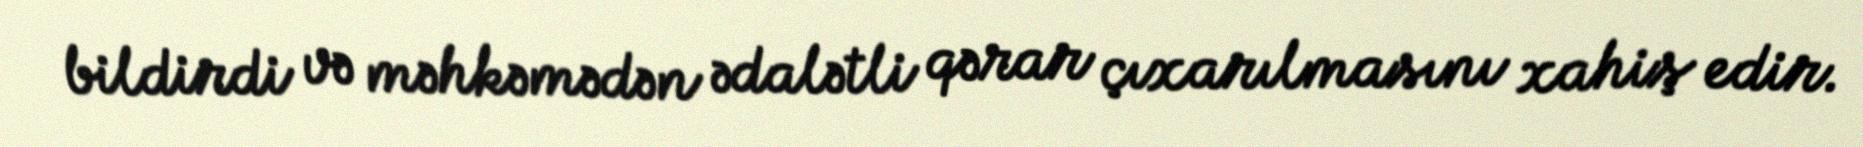
bildirdi və məhkəmədən ədalətli qərar çıxarılmasını xahiş edir.